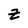
Character: Z